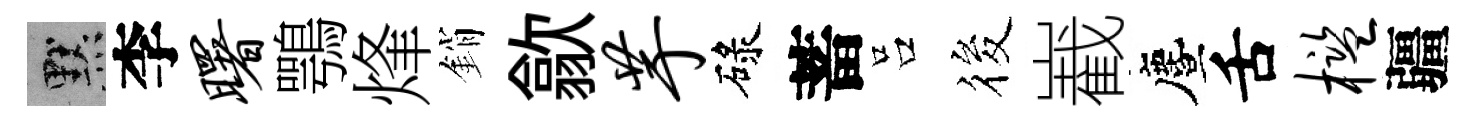
默李曙鶚烽銷歙芋碌蓄吕筱嶻󵨌舌槛疆